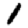
Digit: 1